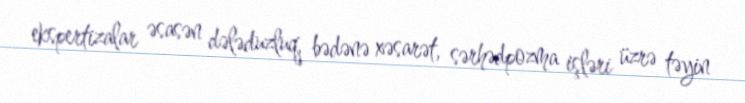
ekspertizalar əsasən dələduzluq, bədənə xəsarət, sərhədpozma işləri üzrə təyin